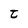
Character: t